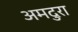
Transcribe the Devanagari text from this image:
अमदुरा